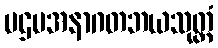
ပဌမအနာဂတဘယသုတ္တံ